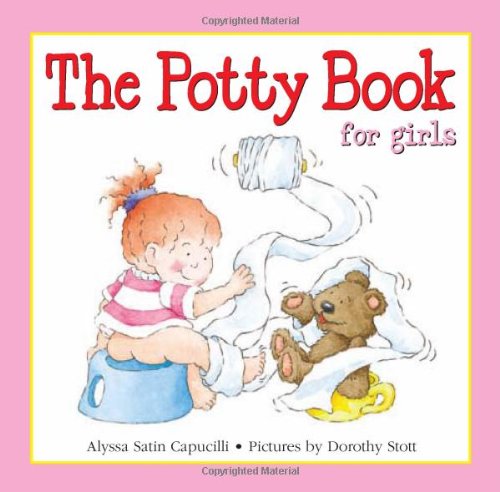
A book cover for Potty Book for Girls, The (Hannah & Henry Series); Alyssa Satin Capucilli; Children's Books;